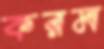
করম